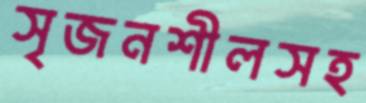
সৃজনশীলসহ